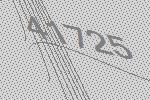
41725